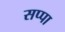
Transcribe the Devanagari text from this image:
सप्पा